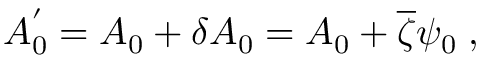
A _ { 0 } ^ { ' } = A _ { 0 } + \delta A _ { 0 } = A _ { 0 } + \overline { { { \zeta } } } \psi _ { 0 } \; ,